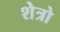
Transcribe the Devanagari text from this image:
शेत्रो